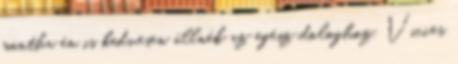
mintha én is kedvesen állnék az egész dologhoz. Vicces